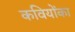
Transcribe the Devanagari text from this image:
कवियोंका